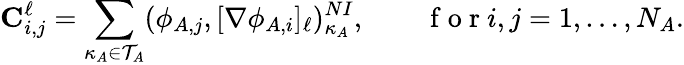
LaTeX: \mathbf{C}_{i,j}^{\ell}=\sum_{\kappa_{A}\in\mathcal{T}_{A}}(\phi_{A,j},[\nabla\phi_{A,i}]_{\ell})_{\kappa_{A}}^{NI},\qquad\mathrm{~f~o~r~}i,j=1,\dots,N_{A}.